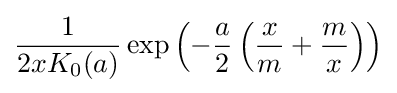
{\frac {1}{2xK_{0}(a)}}\exp \left(-{\frac {a}{2}}\left({\frac {x}{m}}+{\frac {m}{x}}\right)\right)